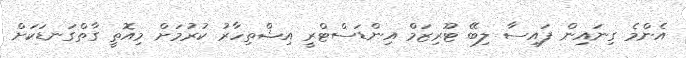
އެންމެ ގިނައިން ފައިސާ ލިބޭ ޓޫރިޒަމް އިންޑަސްޓްރީ އިޝްތިހާރު ކުރުމަށް މިއޮތީ ގާތްގަނޑަކަށް